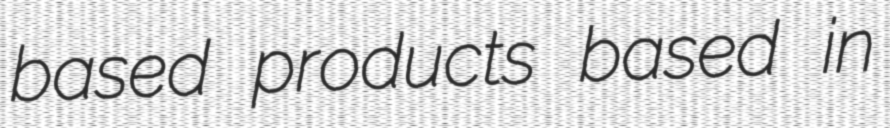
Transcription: based products based in